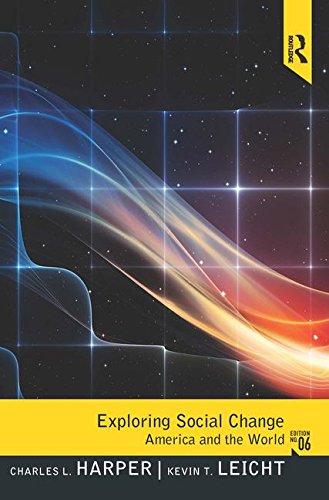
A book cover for Exploring Social Change: America and the World; Charles L. Harper; Biographies & Memoirs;